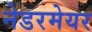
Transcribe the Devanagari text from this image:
नेडरमेयर